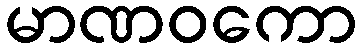
မာဏဝကော